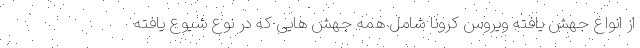
از انواع جهش یافته ویروس کرونا شامل همه جهش هایی که در نوع شیوع یافته